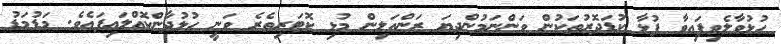
ހުޅުވާލެވިފައިވާ ފުޅާ ކުޑަދޮރުތަކުން ވަންނަމުންދިޔަ ރަންއަލިން މުޅި ކޮޓަރިތެރެ ވަނީ ހުޅުދާންކޮއްލައިފައެވެ. މަޑުމަޑު